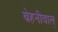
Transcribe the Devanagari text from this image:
बेहनीवाल्